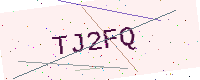
Text: TJ2FQ